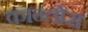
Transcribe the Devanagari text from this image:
कान्तोंस